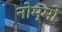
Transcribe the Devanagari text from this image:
नोम्मो